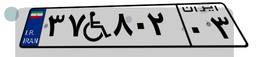
۳۷W۸۰۲۰۳